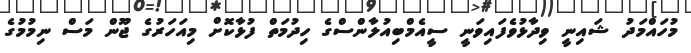
މުހައްމަދު ޝައިނީ ވިދާޅުވެފައިވަނީ ސީއެމްބިއުލާންސްގެ ހިދުމަތް ފުޅާކޮށް މިއަހަރުގެ ޖޫން މަސް ނިމުމުގެ